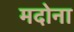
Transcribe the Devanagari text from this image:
मदोना